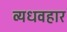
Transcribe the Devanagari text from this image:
व्यधवहार